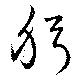
躬